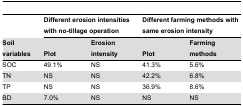
|  | <COLSPAN=2> Different erosion intensities with no-tillage operation | <COLSPAN=2> Different farming methods with same erosion intensity |
 | Soil variables | Plot | Erosion intensity | Plot | Farming methods |
 | --- | --- | --- | --- | --- |
 | SOC | 49.1% | NS | 41.3% | 5.6% |
 | TN | NS | NS | 42.2% | 6.8% |
 | TP | NS | NS | 36.9% | 8.6% |
 | BD | 7.0% | NS | NS | NS |